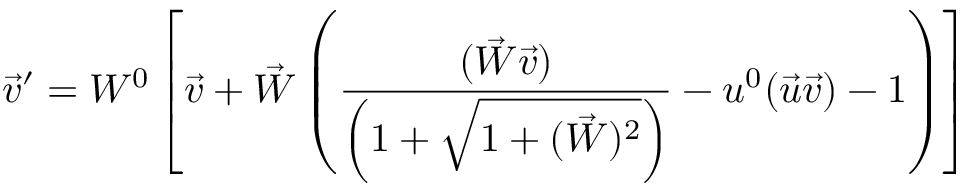
\vec { v } ^ { \prime } = W ^ { 0 } \left[ \vec { v } + \vec { W } \left( \frac { ( \vec { W } \vec { v } ) } { \left( 1 + \sqrt { 1 + ( \vec { W } ) ^ { 2 } } \right) } - u ^ { 0 } ( \vec { u } \vec { v } ) - 1 \right) \right]